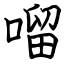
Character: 𠺕